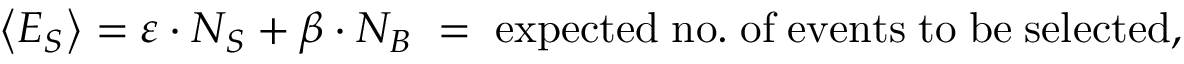
\left< E _ { S } \right> = \varepsilon \cdot N _ { S } + \beta \cdot N _ { B } \; = \; \mathrm { e x p e c t e d \; n o . \; o f \; e v e n t s \; t o \; b e \; s e l e c t e d } ,